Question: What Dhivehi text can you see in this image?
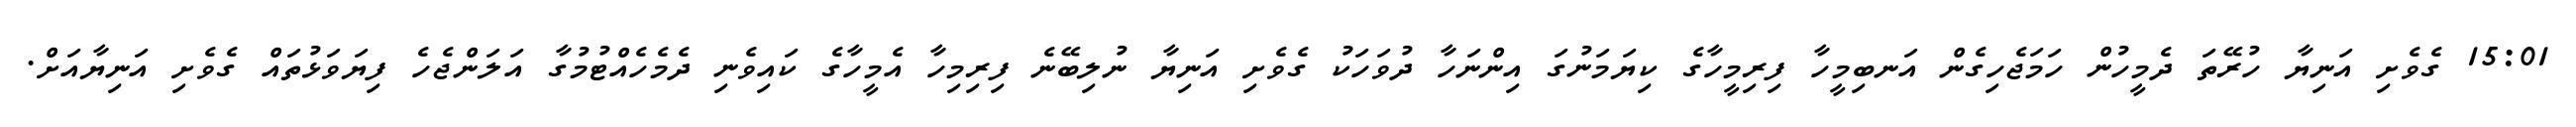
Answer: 15:01 ގެވެށި އަނިޔާ ހުރޭތަ ދެމީހުން ހަމަޖެހިގެން އަނބިމީހާ ފިރިމީހާގެ ކިޔަމަނުގަ އިންނަހާ ދުވަހަކު ގެވެށި އަނިޔާ ނުލިބޭނެ ފިރިމިހާ އެމީހާގެ ކައިވެނި ދެމެހެއްޓުމުގާ އަލަންޖެހެ ފިޔަވަޅުތައް ގެވެށި އަނިޔާއަށް.